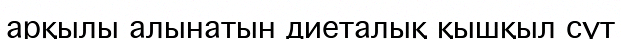
арқылы алынатын диеталық қышқыл сүт